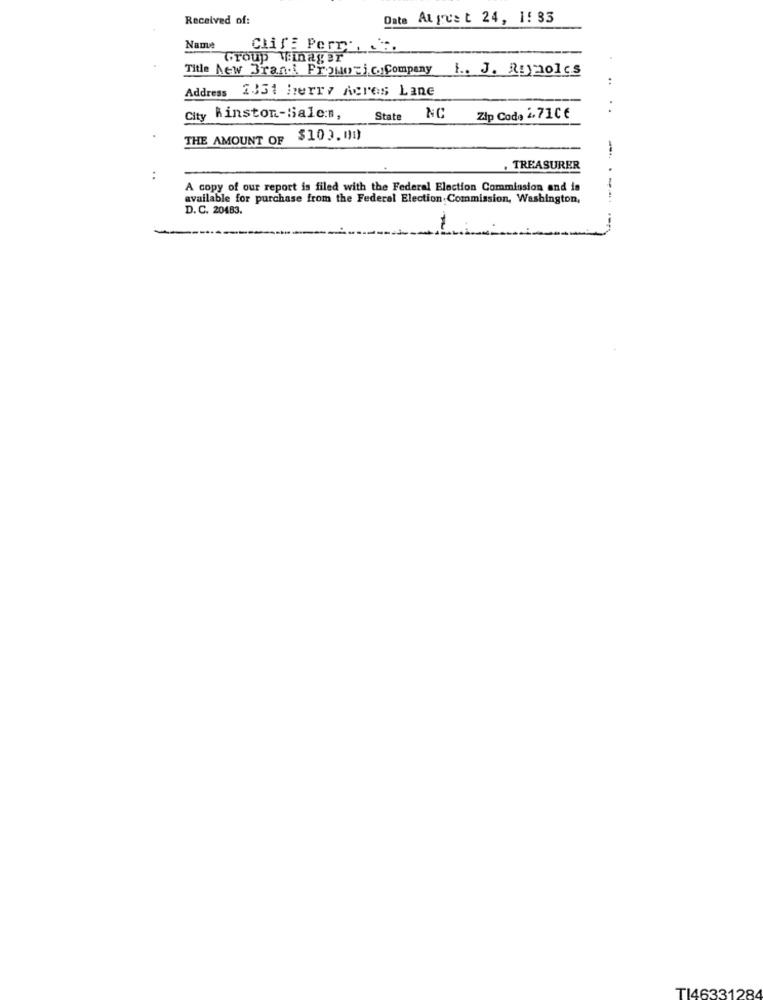
Received of:
Date Atrest 24, 1: 33
Name
Clif: Perr.
Group Manager
Title New Bran.A. Fromoric. Company
1. J. Rynolcs
Address 2331 herry Acres Lane
..
City Winston-Balen,
State
NC
Zip Code 2.71CE
THE AMOUNT OF
$103.00
-
TREASURER
:
A copy of our report is filed with the Federal Election Commission and is
available for purchase from the Federal Election Commission, Washington,
--
D. C. 20483.
TI46331284